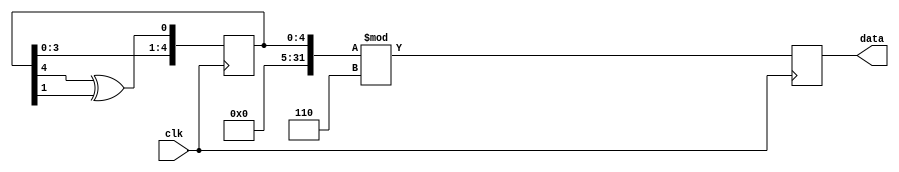
module random_generator(
  input  clk,
  output reg [31:0] data
);

reg [31:0] idata;
wire feedback = idata[4] ^ idata[1];

always @(posedge clk)
	data <= idata % 32'd6;

initial begin
	idata <= {27'h0000000, 4'hf};
end

always @(posedge clk)
	idata <= {27'b0, idata[3:0], feedback} ;
	
endmodule